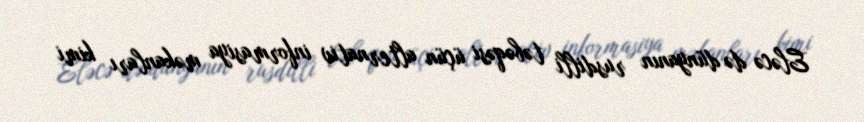
Eləcə də dünyanın rusdilli təbəqəsi üçün alternativ informasiya məkanları kimi